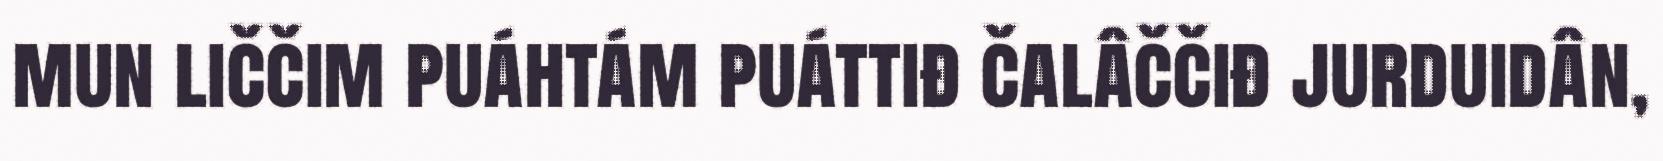
mun liččim puáhtám puáttiđ čalâččiđ jurduidân,